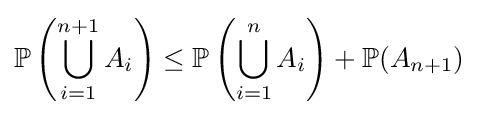
\mathbb {P} \left(\bigcup _{i=1}^{n+1}A_{i}\right)\leq \mathbb {P} \left(\bigcup _{i=1}^{n}A_{i}\right)+\mathbb {P} (A_{n+1})